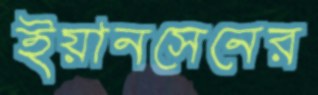
ইয়ানসেনের